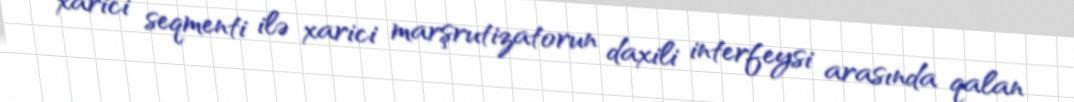
xarici seqmenti ilə xarici marşrutizatorun daxili interfeysi arasında qalan